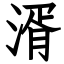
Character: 湑